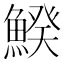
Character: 𩹍